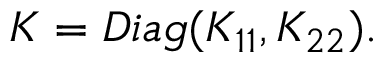
\begin{array} { r } { K = D i a g ( K _ { 1 1 } , K _ { 2 2 } ) . } \end{array}